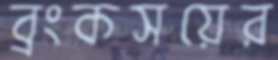
ব্রংকসয়ের